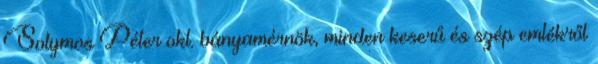
Solymos Péter okl. bányamérnök, minden keserű és szép emlékről